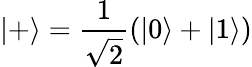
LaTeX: |+\rangle=\frac{1}{\sqrt{2}}(|0\rangle+|1\rangle)